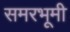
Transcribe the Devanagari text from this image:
समरभूमी